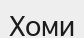
Хоми